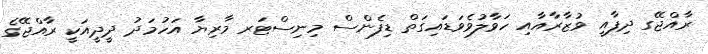
ރާއްޖޭގ ދިފާއީ ވުޒާރާއާއި ހަވާލުވެވަޑައިގަތް ޑިފެންސް މިނިސްޓަރ މާރިޔާ އަހުމަދު ދީދީއަކީ ރާއްޖޭގެ